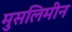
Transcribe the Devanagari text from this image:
मुसलिमीन